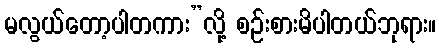
မလွယ်တော့ပါတကား”လို့ စဉ်းစားမိပါတယ်ဘုရား။